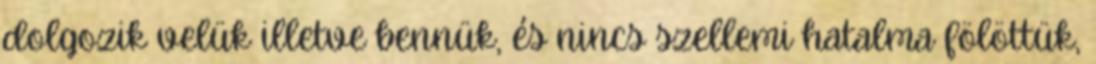
dolgozik velük illetve bennük, és nincs szellemi hatalma fölöttük,